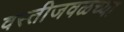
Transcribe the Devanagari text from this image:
वस्तीजवळच्या